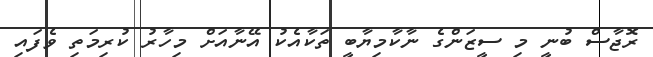
ރޮޖާސް ބުނީ މި ސީޒަންގެ ނާކާމިޔާބީ ތަކާއެކު އޭނާއަށް މިހާރު ކުރިމަތި ވެފައި